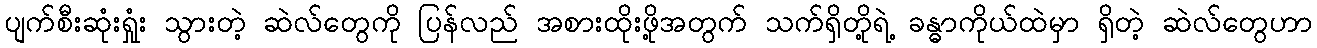
ပျက်စီးဆုံးရှုံး သွားတဲ့ ဆဲလ်တွေကို ပြန်လည် အစားထိုးဖို့အတွက် သက်ရှိတို့ရဲ့ ခန္ဓာကိုယ်ထဲမှာ ရှိတဲ့ ဆဲလ်တွေဟာ